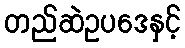
တည်ဆဲဥပဒေနှင့်